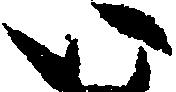
い